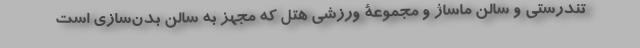
تندرستی و سالن ماساژ و مجموعۀ ورزشی هتل که مجهز به سالن بدن‌سازی است